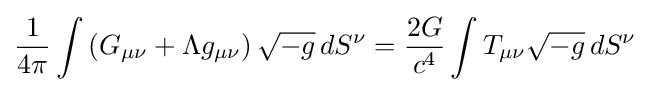
{\frac {1}{4\pi }}\int \left(G_{\mu \nu }+\Lambda g_{\mu \nu }\right){\sqrt {-g}}\,dS^{\nu }={2G \over c^{4}}\int T_{\mu \nu }{\sqrt {-g}}\,dS^{\nu }